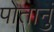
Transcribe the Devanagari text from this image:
पोतानुं